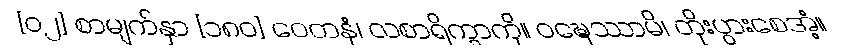
[၀၂] စာမျက်နှာ [၁၈၀] ဝေတနံ၊ လစာရိက္ခာကို။ ဝဍ္ဎေဿာမိ၊ တိုးပွားစေအံ့။